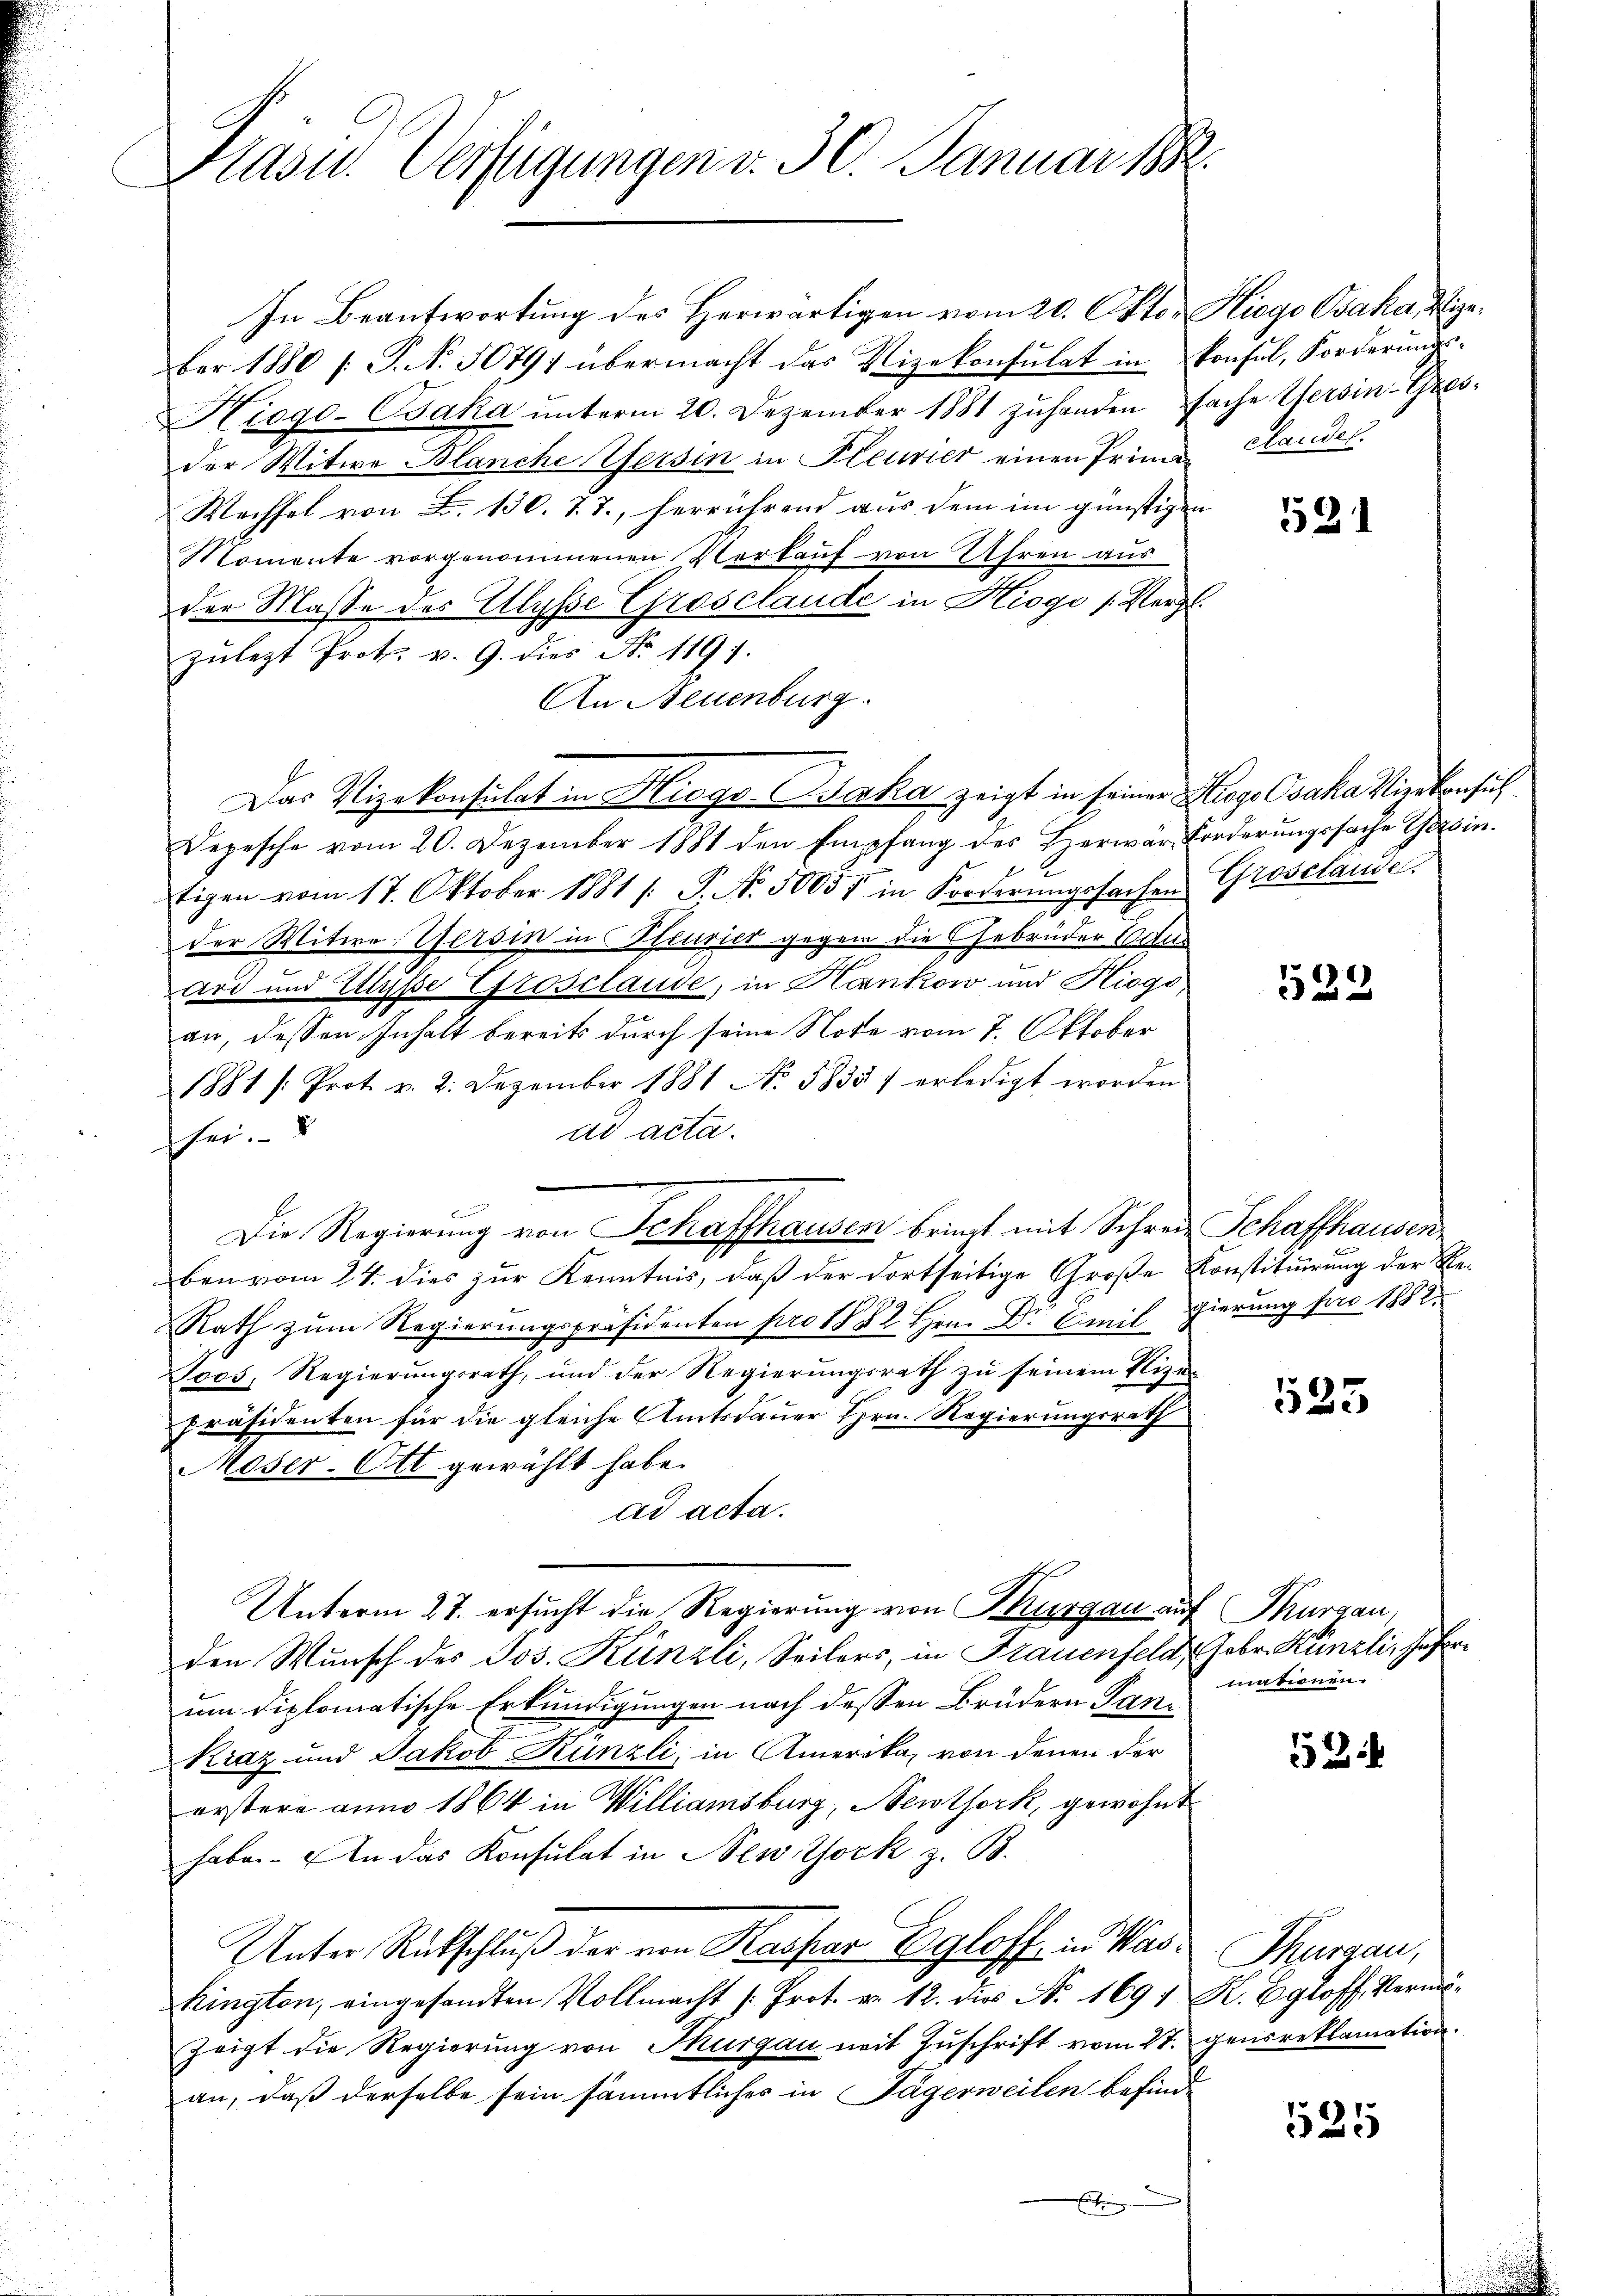
Präsid. Verfügungen v. 30. Januar 188

In Beantwortung des Herwärtigen vom 20. Okto- Hiego Osaka, geber 1880 /: P. Nr. 50791 übermacht das Vizekonsulat in konsul, Forderŭngs-
Hiogo-Baka unterm 20. Dezember 1881 zuhanden Fache Versin-Gresder Witwe Blanche Versin in Pleurier einen Prima-
Wechsel von L. 130. 7.7., herrührend aus dem im günstigen
Momente vorgenommenen Verkauf von Uhren aus
der Masse des Ulysse Grosclaude in Hiogo (Vergl.
zŭlegt Prot. v. 9. dies No. 1191.
An Neuenburg.
Das Vizekonsulat in Hiegs-Jaka zeigt in seiner Strogo Osaka Vizekonsuch
Depesche vom 20. Dezember 1881 den Empfang des Herwär Forderŭngssache Gesin
Eigen vom 17. Oktober 1881 /: P. Nr. 50055 in Forderŭngssachen Grosslandel
der Witwe Weisin in Steurier gegen die Gebrüder Edu
ard und Elise Grosclaude, in Hankow und Hiogoan, dessen Inhalt bereits durch seine Note vom 7. Oktober
1881 /: Prot. v. 2. Dezember 1881 No 5835 erledigt worden.
ad acta.
sei.
ben vom 24. dies zur Kenntnis, daß der dortseitige Große Konstituirung der Re-
Rath zum Regierungspräsidenten pro 1882 Hrn. Dr Emil gierung pro 1882.
Joos, Regierungsrath, und der Regierungsrath zu seinem Nizei-
Präsidenten für die gleiche Amtsdauer Hrn. Regierungsrath
Moser-Ott gewählt habe.
ad acta.
Unterm 27. ersucht die Regierung von Thurgau auf Thurgau,
den Wunsch des Jos. Künzli, Seilers, in Frauenfeld, Febr. Künzli, Zuferum diplomatische Erkundigungen nach dessen Brüdern Pan¬
Kraz und Jakob Künzli, in Amerika, von denen der
erstere anno 1864 in Williamsburg, Neuthork, gewohnt
haben. An das Konsulat in New York z. B.
Unter Rückschluß der von Kaspar Egloff in Waskington, eingesandten Vollmacht /: Prot. v. 12. dies N. 1691 K. Egloff, Vermözeigt die Regierung von Thurgau mit Zuschrift vom 27. gensreklamation.
an, daß derselbe sein sämmtliches in Tägerweilen befinde
t

Die Regierung von Schaffhausen bringt mit Schreie Schaffhausen¬

clandel.

521

522

1525

mationen.

52

Thurgau,

525